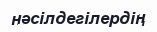
нәсілдегілердің